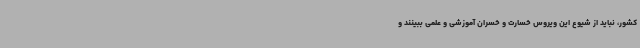
کشور، نباید از شیوع این ویروس خسارت و خسران آموزشی و علمی ببینند و